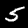
Label: 5